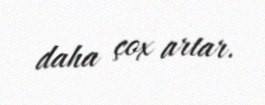
daha çox artar.